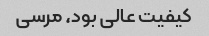
کیفیت عالی بود، مرسی